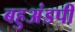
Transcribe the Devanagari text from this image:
बहुअंडपी